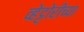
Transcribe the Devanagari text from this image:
व्हेट्टोरीच्या